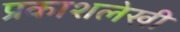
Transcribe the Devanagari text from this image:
प्रकाशलेखी